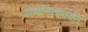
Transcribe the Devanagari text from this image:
रोमेनियापर्यंत